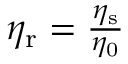
\begin{array} { r } { \eta _ { \mathrm { r } } = \frac { \eta _ { \mathrm { s } } } { \eta _ { \mathrm { 0 } } } } \end{array}